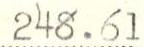
248.61